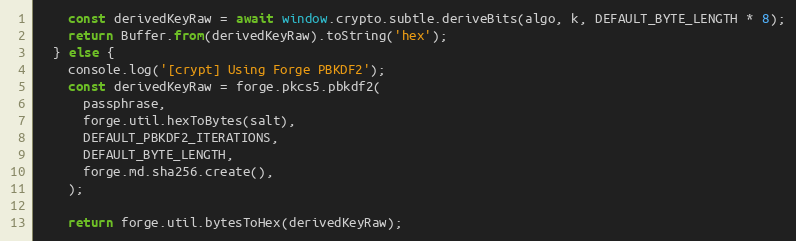
Language: JavaScript
    const derivedKeyRaw = await window.crypto.subtle.deriveBits(algo, k, DEFAULT_BYTE_LENGTH * 8);
    return Buffer.from(derivedKeyRaw).toString('hex');
  } else {
    console.log('[crypt] Using Forge PBKDF2');
    const derivedKeyRaw = forge.pkcs5.pbkdf2(
      passphrase,
      forge.util.hexToBytes(salt),
      DEFAULT_PBKDF2_ITERATIONS,
      DEFAULT_BYTE_LENGTH,
      forge.md.sha256.create(),
    );

    return forge.util.bytesToHex(derivedKeyRaw);